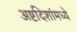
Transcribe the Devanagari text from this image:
अष्टदिशांमध्ये